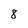
Character: 8